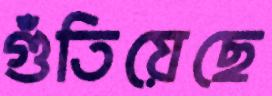
গুঁতিয়েছে